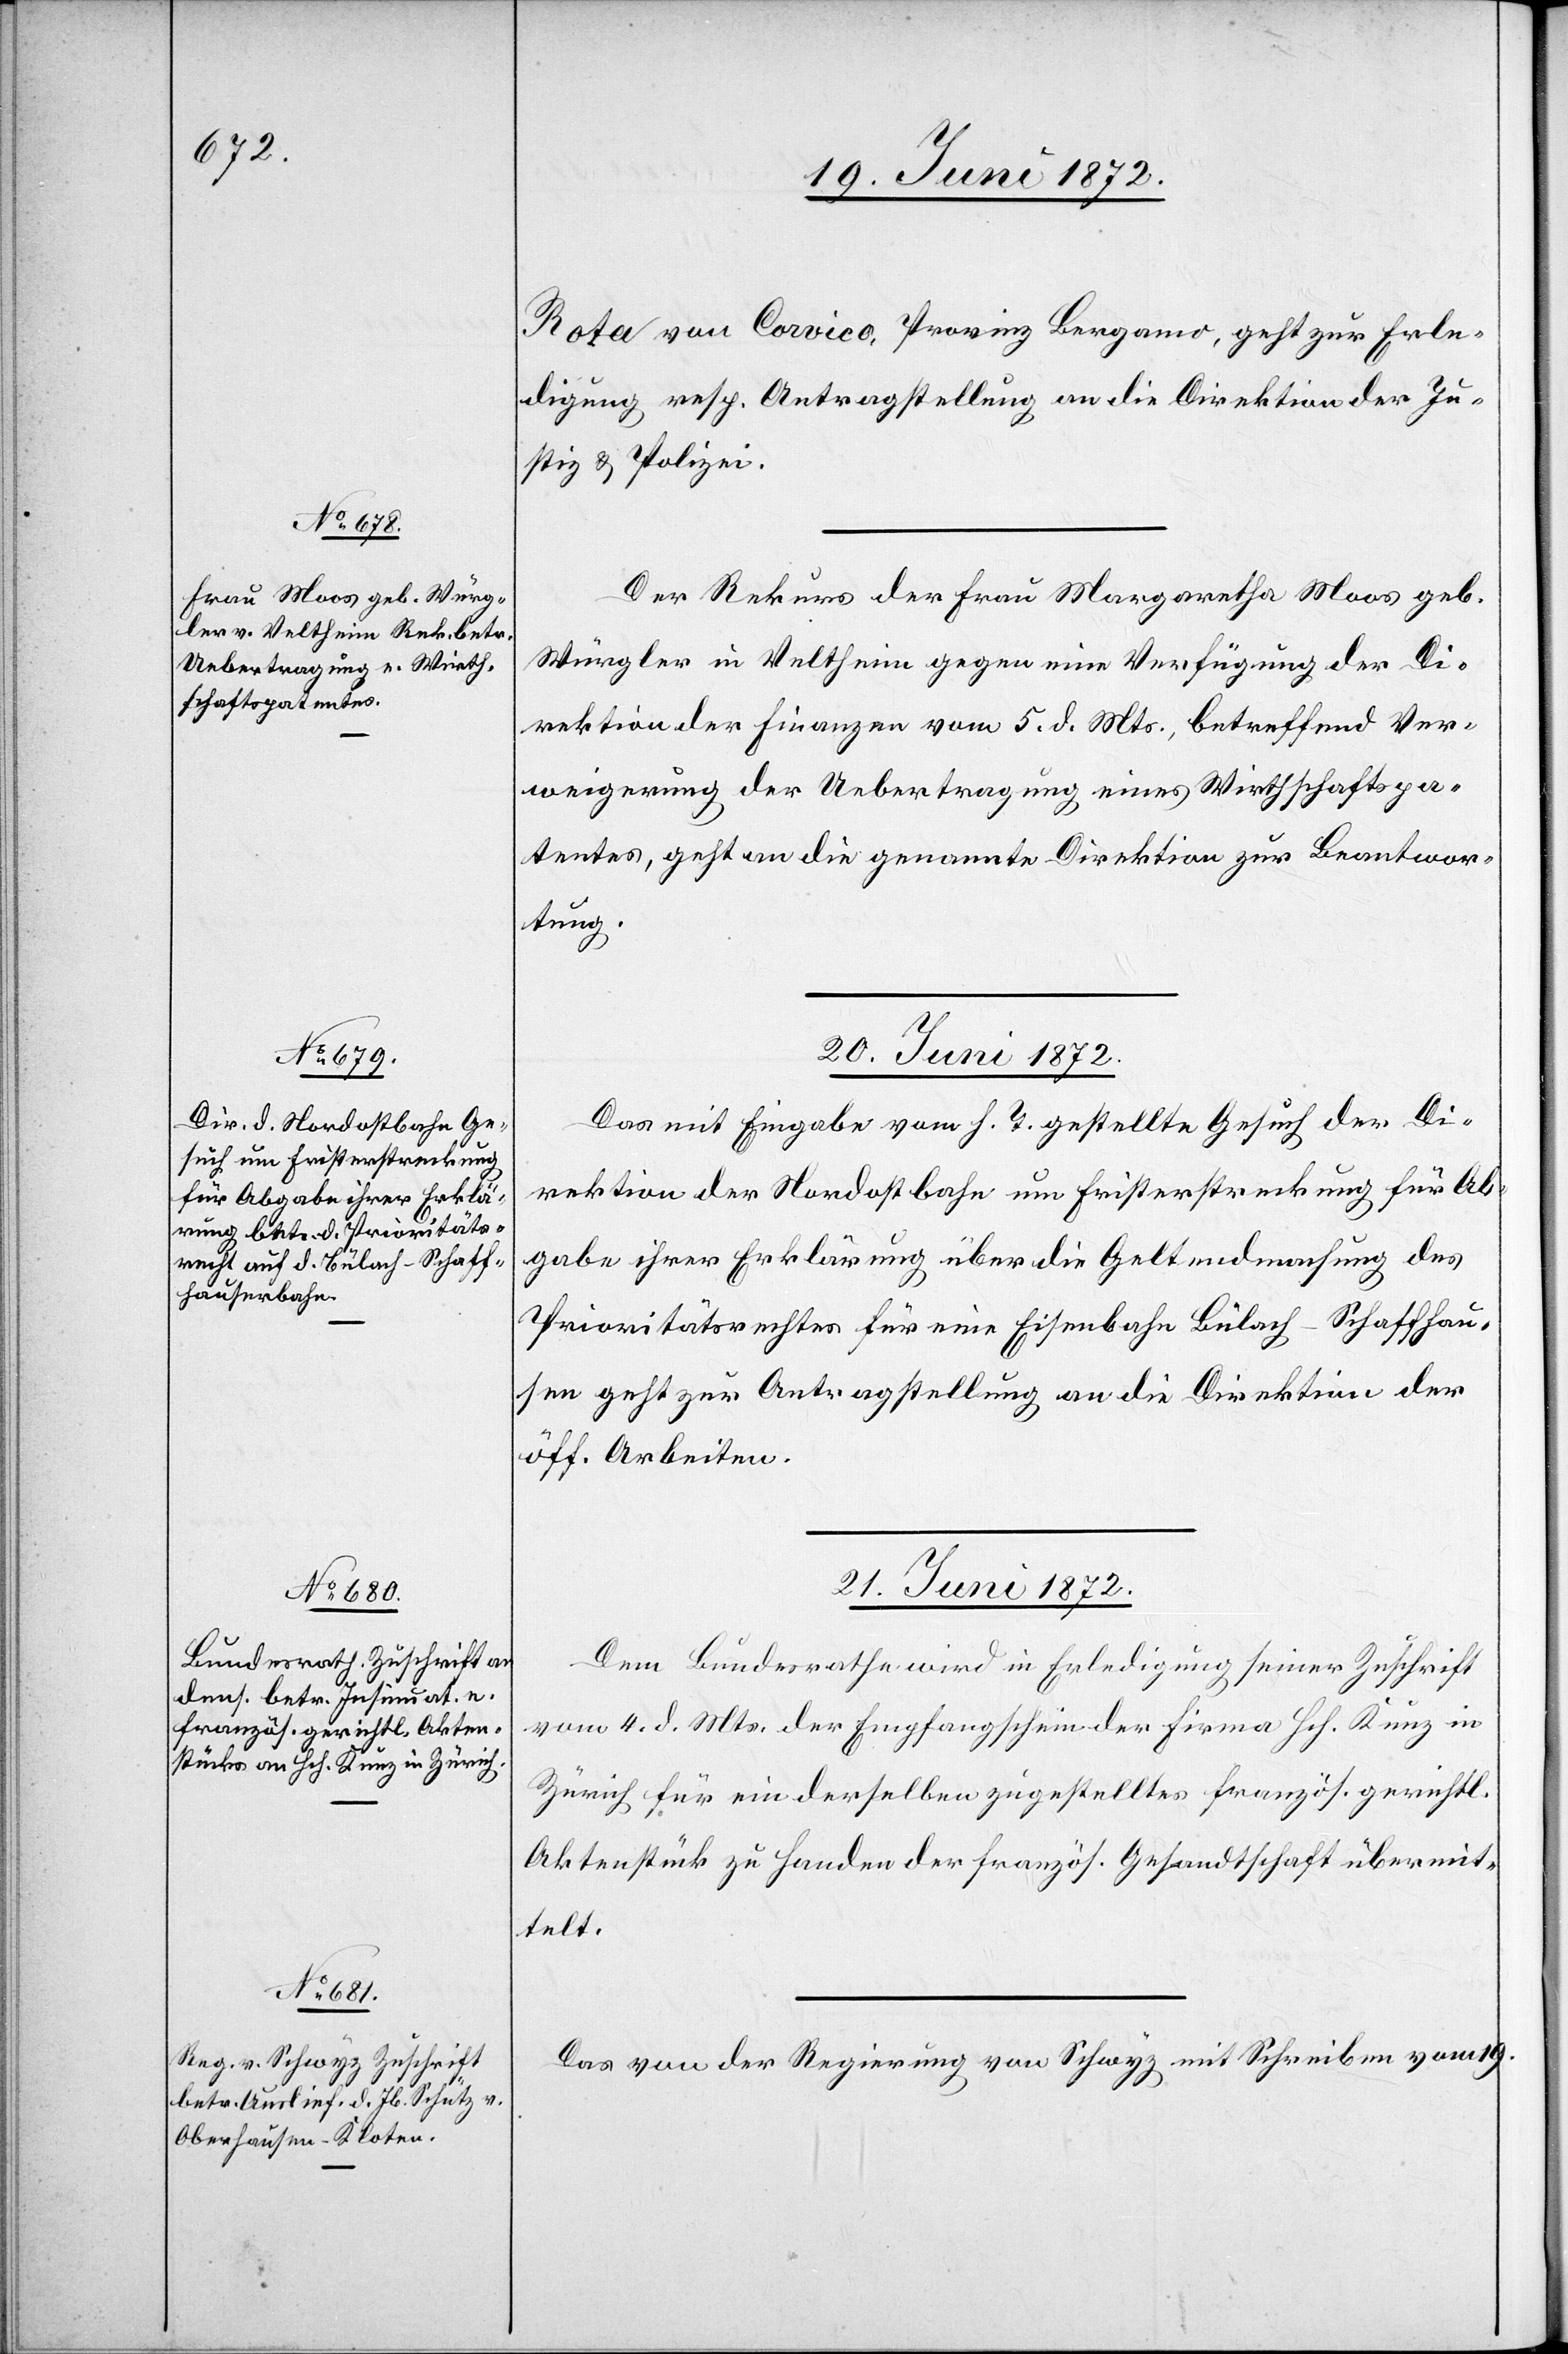
19. Juni 1872.]
Rota von Carvico, Provinz Bergamo, geht zur Erle¬
digung resp. Antragstellung an die Direktion der Ju¬
stiz u. Polizei.
Der Rekurs der Frau Margaretha Moos geb.
Würgler in Veltheim gegen eine Verfügung der Di¬
rektion der Finanzen vom 5. d. Mts., betreffend Ver¬
weigerung der Uebertragung eines Wirthschaftspa¬
tentes, geht an die genannte Direktion zur Beantwor¬
tung.
20. Juni 1872.
Das mit Eingabe vom h. T. gestellte Gesuch der Di¬
rektion der Nordostbahn um Fristerstreckung für Ab¬
gabe ihrer Erklärung über die Geltendmachung des
Prioritätsrechtes für eine Eisenbahn Bülach–Schaffhau¬
sen geht zur Antragstellung an die Direktion der
öff. Arbeiten.
21. Juni 1872.]
Dem Bundesrathe wird in Erledigung seiner Zuschrift
vom 4. d. Mts. der Empfangschein der Firma Hch. Kunz in
Zürich für ein derselben zugestelltes französ. gerichtl.
Aktenstück zu Handen der französ. Gesandtschaft übermit¬
telt.
Das von der Regierung von Schwyz mit Schreiben vom 19.